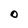
Character: o